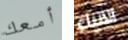
أمعك الأنباء